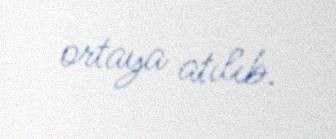
ortaya atılıb.